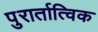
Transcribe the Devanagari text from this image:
पुरार्तात्विक